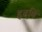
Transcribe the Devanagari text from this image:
हृदयिं